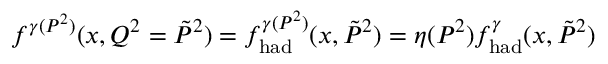
f ^ { \gamma ( P ^ { 2 } ) } ( x , Q ^ { 2 } = \tilde { P } ^ { 2 } ) = f _ { \mathrm { { h a d } } } ^ { \gamma ( P ^ { 2 } ) } ( x , \tilde { P } ^ { 2 } ) = \eta ( P ^ { 2 } ) f _ { \mathrm { h a d } } ^ { \gamma } ( x , \tilde { P } ^ { 2 } )